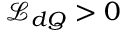
\mathcal { L } _ { d Q } > 0